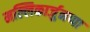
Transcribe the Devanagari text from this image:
मल्लिकार्जुनप्पा